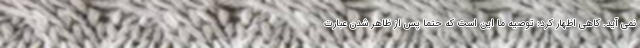
نمی آید. کاهی اظهار کرد: توصیه ما این است که حتما پس از ظاهر شدن عبارت